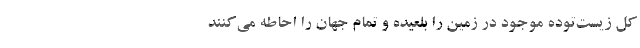
کل زیست­توده­ موجود در زمین را بلعیده و تمام جهان را احاطه می­کنند